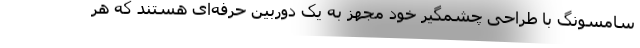
سامسونگ با طراحی چشمگیر خود مجهز به یک دوربین حرفه‌ای هستند که هر